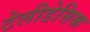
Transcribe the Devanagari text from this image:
टेलीडेसिक